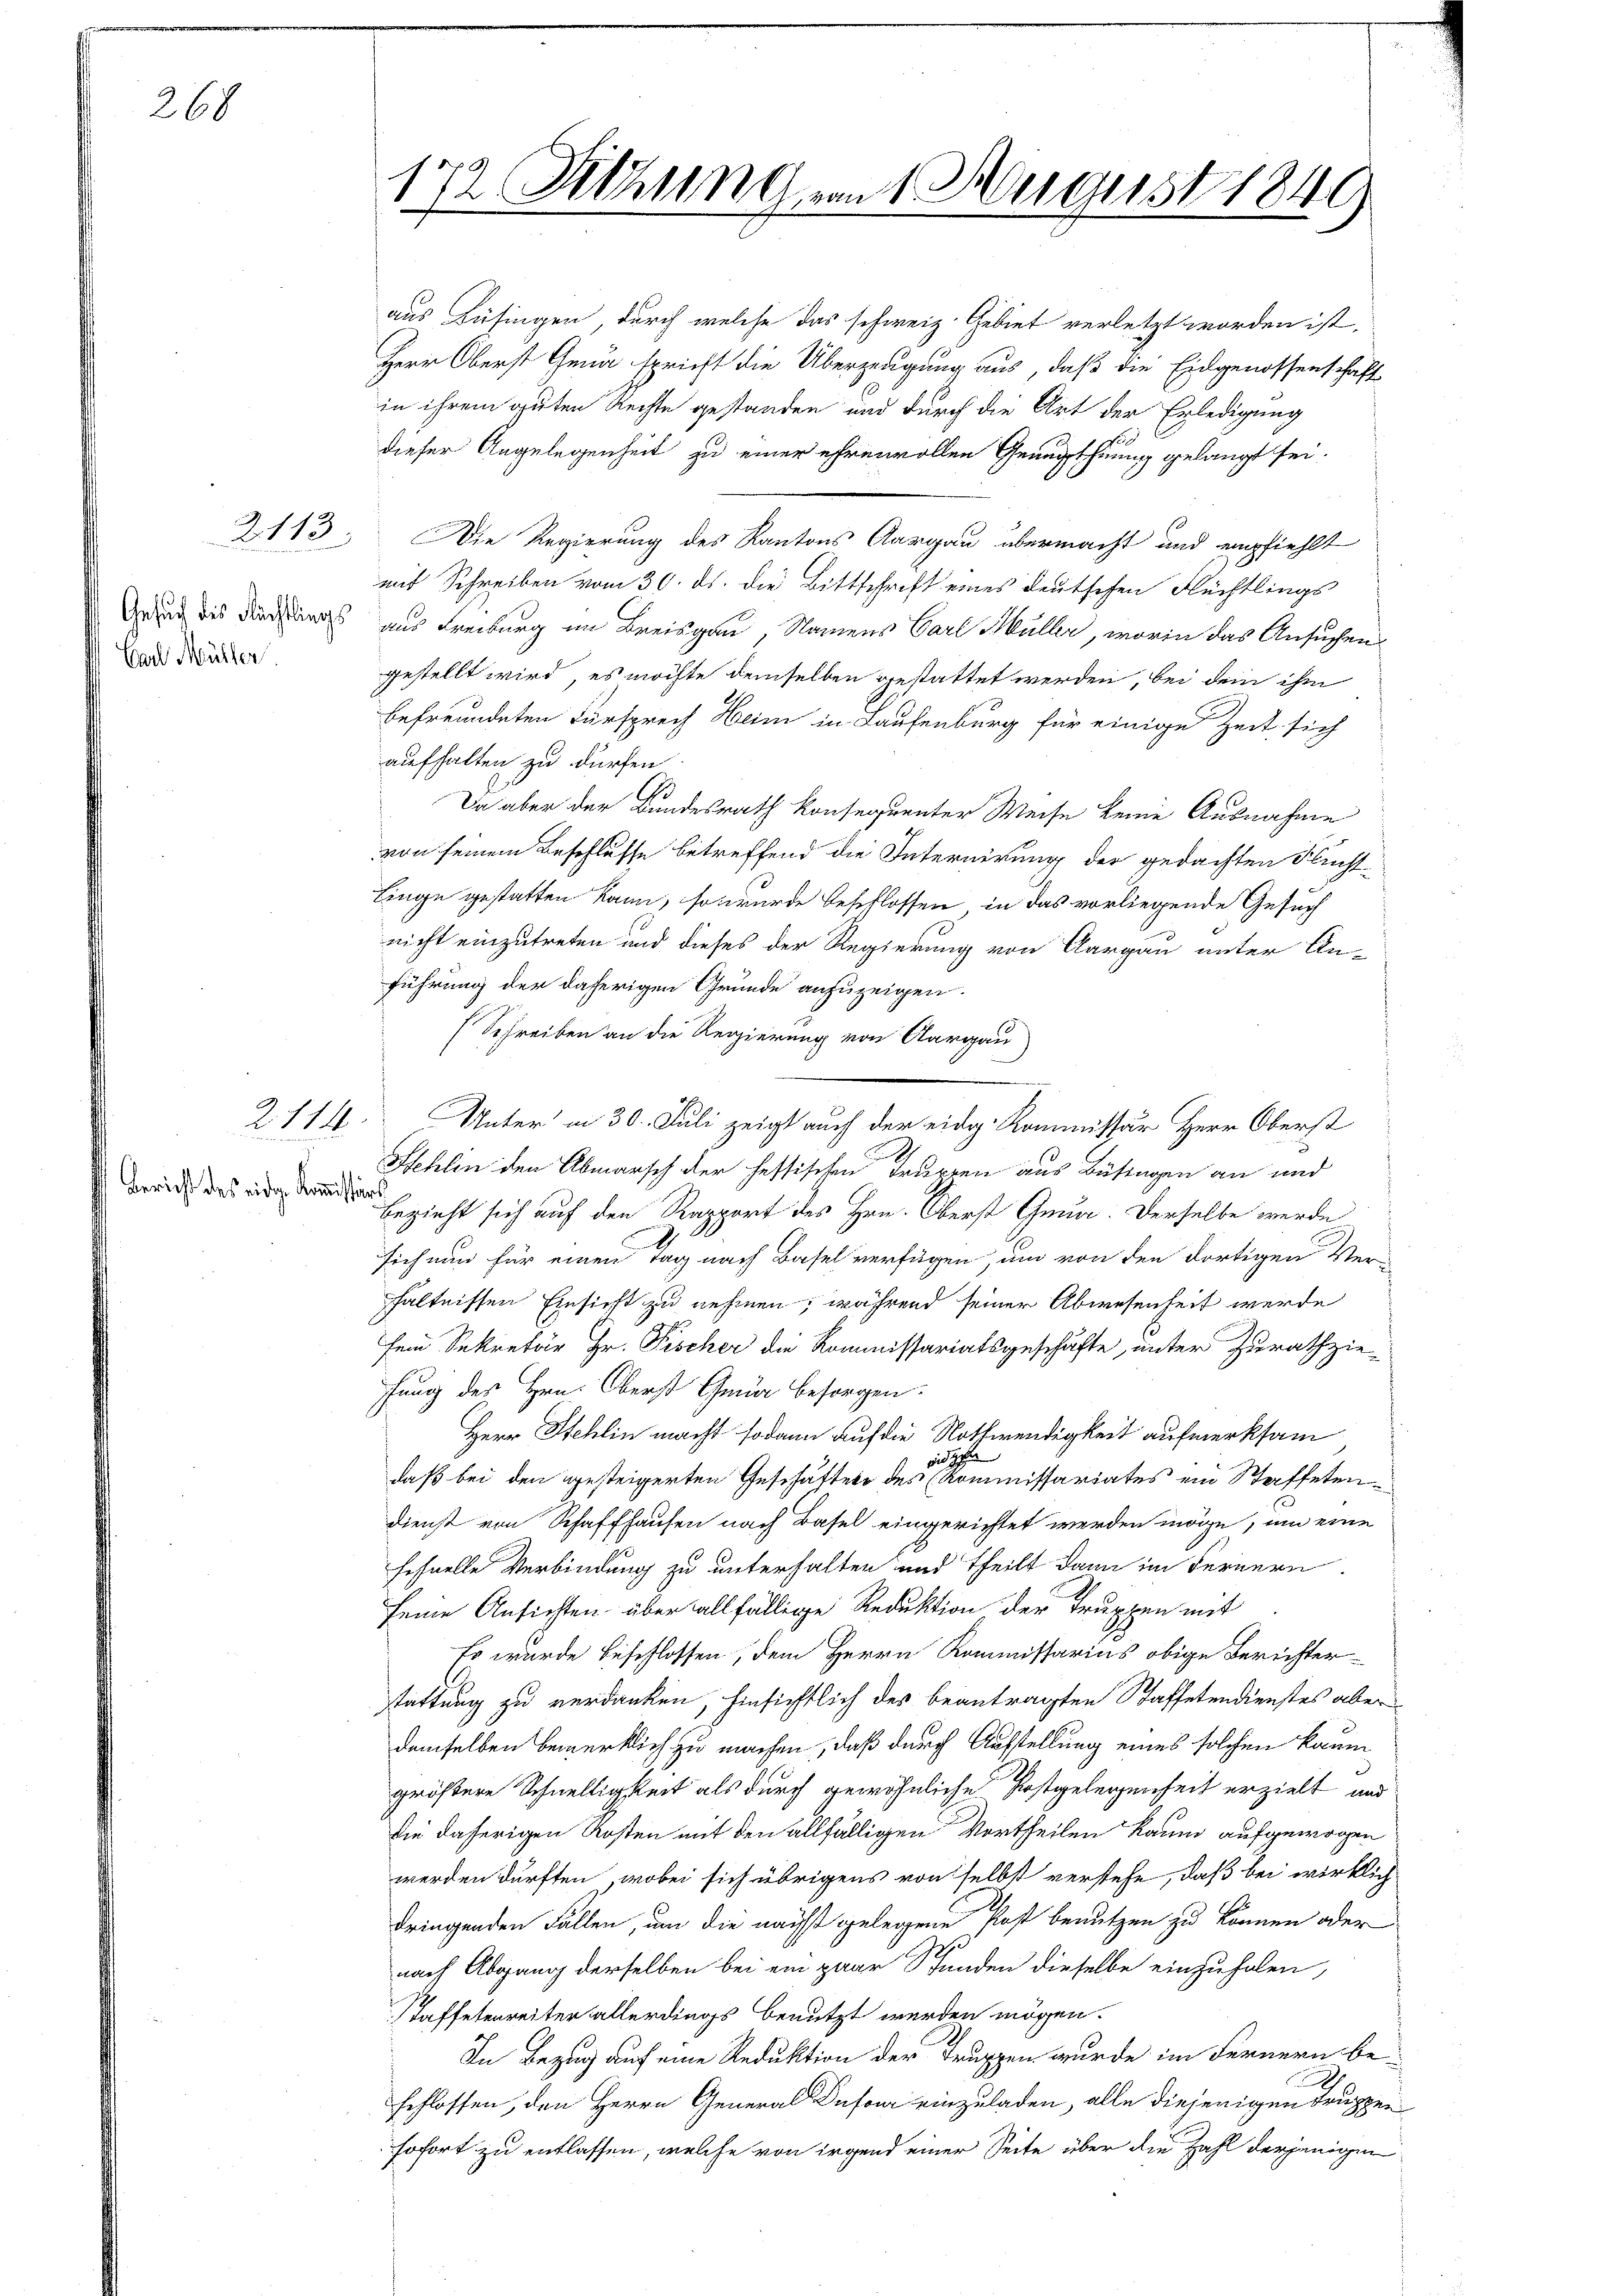
268

Gesuch des Rechtlings
Carl Müller

2113

2114.

Bericht des eidge Kommissi

172 Sitzung von 1 August 1849

aus Büsingen, durch welche das schweiz. Gebiet verletzt worden ist,
Herr Oberst Gena spricht die Überzeugung aus, daß die Eidgenossenschaft
in ihrem guten Rechte gestanden und durch die Art der Erledigung
dieser Angelegenheit zu einer ehrenvollen Genugthuung gelangt sei.
Die Regierung des Kantons Aargau übermacht und empfiehlt
mit Schreiben vom 30. ds. die Bittschrift eines deutschen Flüchtlings
aus Freiburg im Breisgau, Namens Carl Müller, worin das Ansuchen
gestellt wird, es möchte demselben gestattet werden, bei dem ihm
befreundeten Fürsprech Heim in Laufenburg für einige Zeit sich
aufhalten zu dürfen.
s
Da aber der Bundesrath konsequenter Weise keine Ausnahme
von seinem Beschlusse betreffend die Internirung der gedachten Flucht-
Linge gestatten kann, so wurde beschlossen, in das vorliegende Gesuch
nicht einzutreten und dieses der Regierung von Aargau unter An-
führung der daherigen Gründe anzuzeigen.
(Schreiben an die Regierung von Aargau
u
Unter in 30. Juli zeigt auch der eidg. Kommissär Herr Oberst
h
Stehlen den Abmarsch der fessischen Truppen aus Büfingen an und
e
bezieht sich auf den Rapport des Hrn. Oberst Gena. Derselbe werde
sich nun für einen Tag nach Basel verfügen, um von den dortigen Ver-
hältnissen Einsicht zu nehmen, während seiner Abwesenheit werde
fein Sekretär Hr. Fischer die Kommissariatsgeschäfte, unter Zurathziefung des Hrn. Oberst Gena besorgen:
Herr Stehlin macht sodann auf die Nothwendigkeit aufmerksam
d
daß bei den gesteigerten Geschäftete des (Kommissariates ein Staffetendienst von Schaffhausen nach Basel eingerichtet werden möge, um eine
schnelle Verbindung zu unterhalten und theilt dann im Fernern
seine Ansichten über allfällige Reduktion der Truppen mit
Es wurde beschlossen, dem Herrn Kommissarius obige Berichter
stattung zu verdanken, hinsichtlich des beantragten Kaffetendienstes aber
demselben bemerklich zu machen, daß durch Aufstellung eines solchen kaum
gröstere Schnelligkeit als durch gewöhnliche Postgelegenheit erzielt und
die daherigen Kosten mit den allfälligen Vortheilen kaum aufgewogen
werden dürften, wobei sich übrigens von selbst verstehe, daß bei wirklich
dringenden Fallen, um die nächst gelegene Kost benutzen zu können oder
nach Abgang derselben bei ein paar Stunden dieselbe einzuholen,
Kaffetenreiter allerdings benutzt werden mögen.
In Bezug auf eine Reduktion der Truppen wurde im Fernern beschlossen, den Herrn General Dufour einzuladen, alle diejenigen Truppen
sofort zu entlassen, welche von irgend einer Seite über die Zahl derjenigen